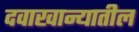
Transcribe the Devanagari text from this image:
दवाखान्यातील